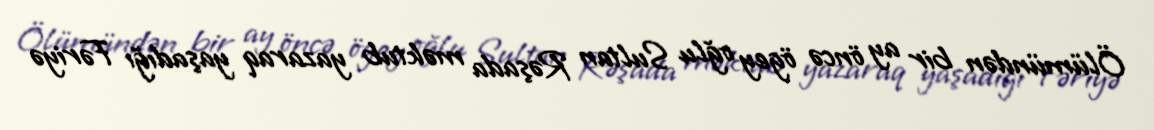
Ölümündən bir ay öncə ögey oğlu Sultan Rəşada məktub yazaraq yaşadığı Fəriyə